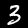
Digit: 3